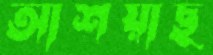
আশয়াছ